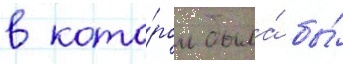
в кото́ром была́ бы́